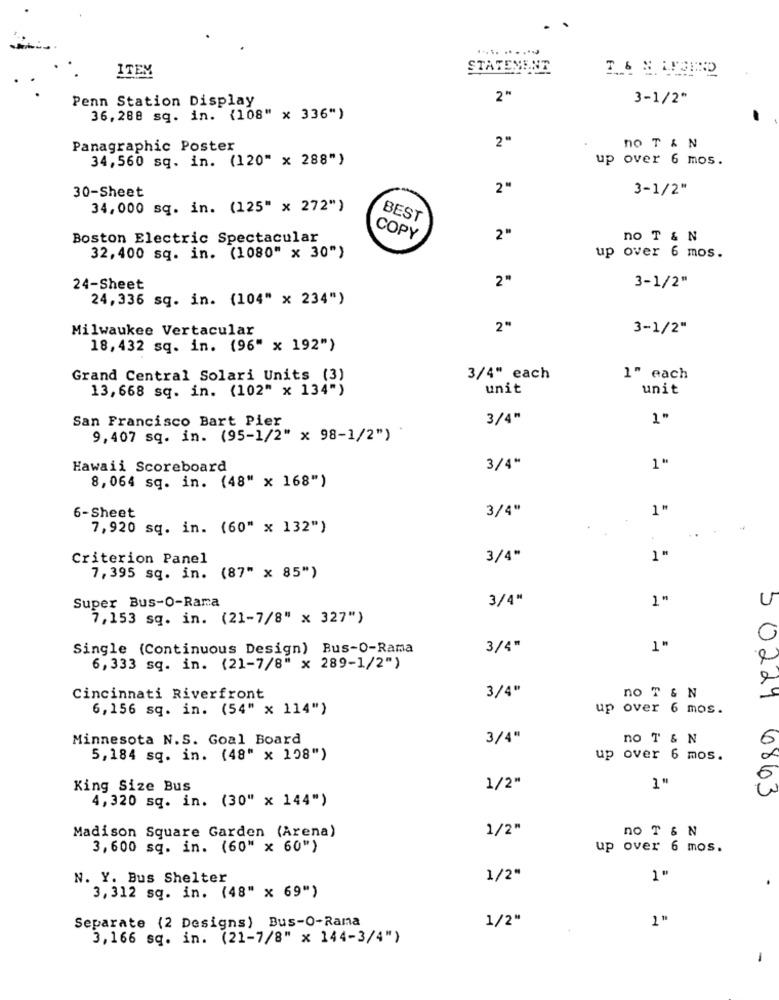
ITEM
STATEMENT
Penn Station Display
2"
3-1/2"
36,288 sq. in. {108" × 336")
2"
Panagraphic Poster
no T & N
34,560 sq. in. (120" x 288")
up over 6 mos.
2"
3-1/2"
30-Sheet
34,000 sq. in. (125" x 272")
BEST
Boston Electric Spectacular
COPY
2"
no T & N
32,400 sq. in. (1080" x 30")
up over 6 mos.
2"
24-Sheet
3-1/2"
24,336 sq. in. (104" x 234")
Milwaukee Vertacular
2"
3-1/2"
18, 432 sq. in. (96" x 192")
Grand Central Solari Units (3)
3/4" each
1" each
13, 668 sq. in. (102" x 134")
unit
unit
San Francisco Bart Pier
3/4"
1"
9,407 sq. in. (95-1/2" x 98-1/2")
Hawaii Scoreboard
3/4"
1"
8,064 sq. in. (48" x 168")
6-Sheet
3/4"
7,920 sq. in. (60" x 132")
Criterion Panel
3/4"
7,395 sq. in. (87" x 85")
Super Bus-O-Rama
3/4"
7,153 sq. in. (21-7/8" x 327")
Single (Continuous Design) Bus-O-Rama
3/4"
6, 333 sq. in. (21-7/8" x 289-1/2")
Cincinnati Riverfront
3/4"
no T & N
6,156 sq. in. (54" x 114")
up over 6 mos.
5 0dal
Minnesota N.S. Goal Board
3/4"
no T & N
6
5,184 sq. in. (48" × 108")
up over 6 mos.
King Size Bus
1/2"
1"
4, 320 sq. in. (30" x 144")
Madison Square Garden (Arena)
1/2"
no T & N
3,600 sq. in. (60" x 60")
up over 6 mos.
N. Y. Bus Shelter
1/2"
1"
3,312 sq. in. (48" x 69")
Separate (2 Designs) Bus-O-Rama
1/2"
1 "
3,166 sq. in. (21-7/8" x 144-3/4")
-